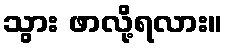
သွား ဖာလို့ရလား။